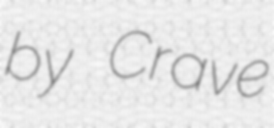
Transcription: by Crave